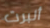
ألبرت